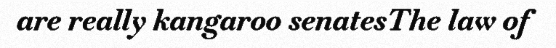
are really kangaroo senatesThe law of